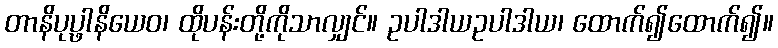
တာနိပုပ္ဖာနိယေဝ၊ ထိုပန်းတို့ကိုသာလျှင်။ ဥပါဒါယဥပါဒါယ၊ ထောက်၍ထောက်၍။